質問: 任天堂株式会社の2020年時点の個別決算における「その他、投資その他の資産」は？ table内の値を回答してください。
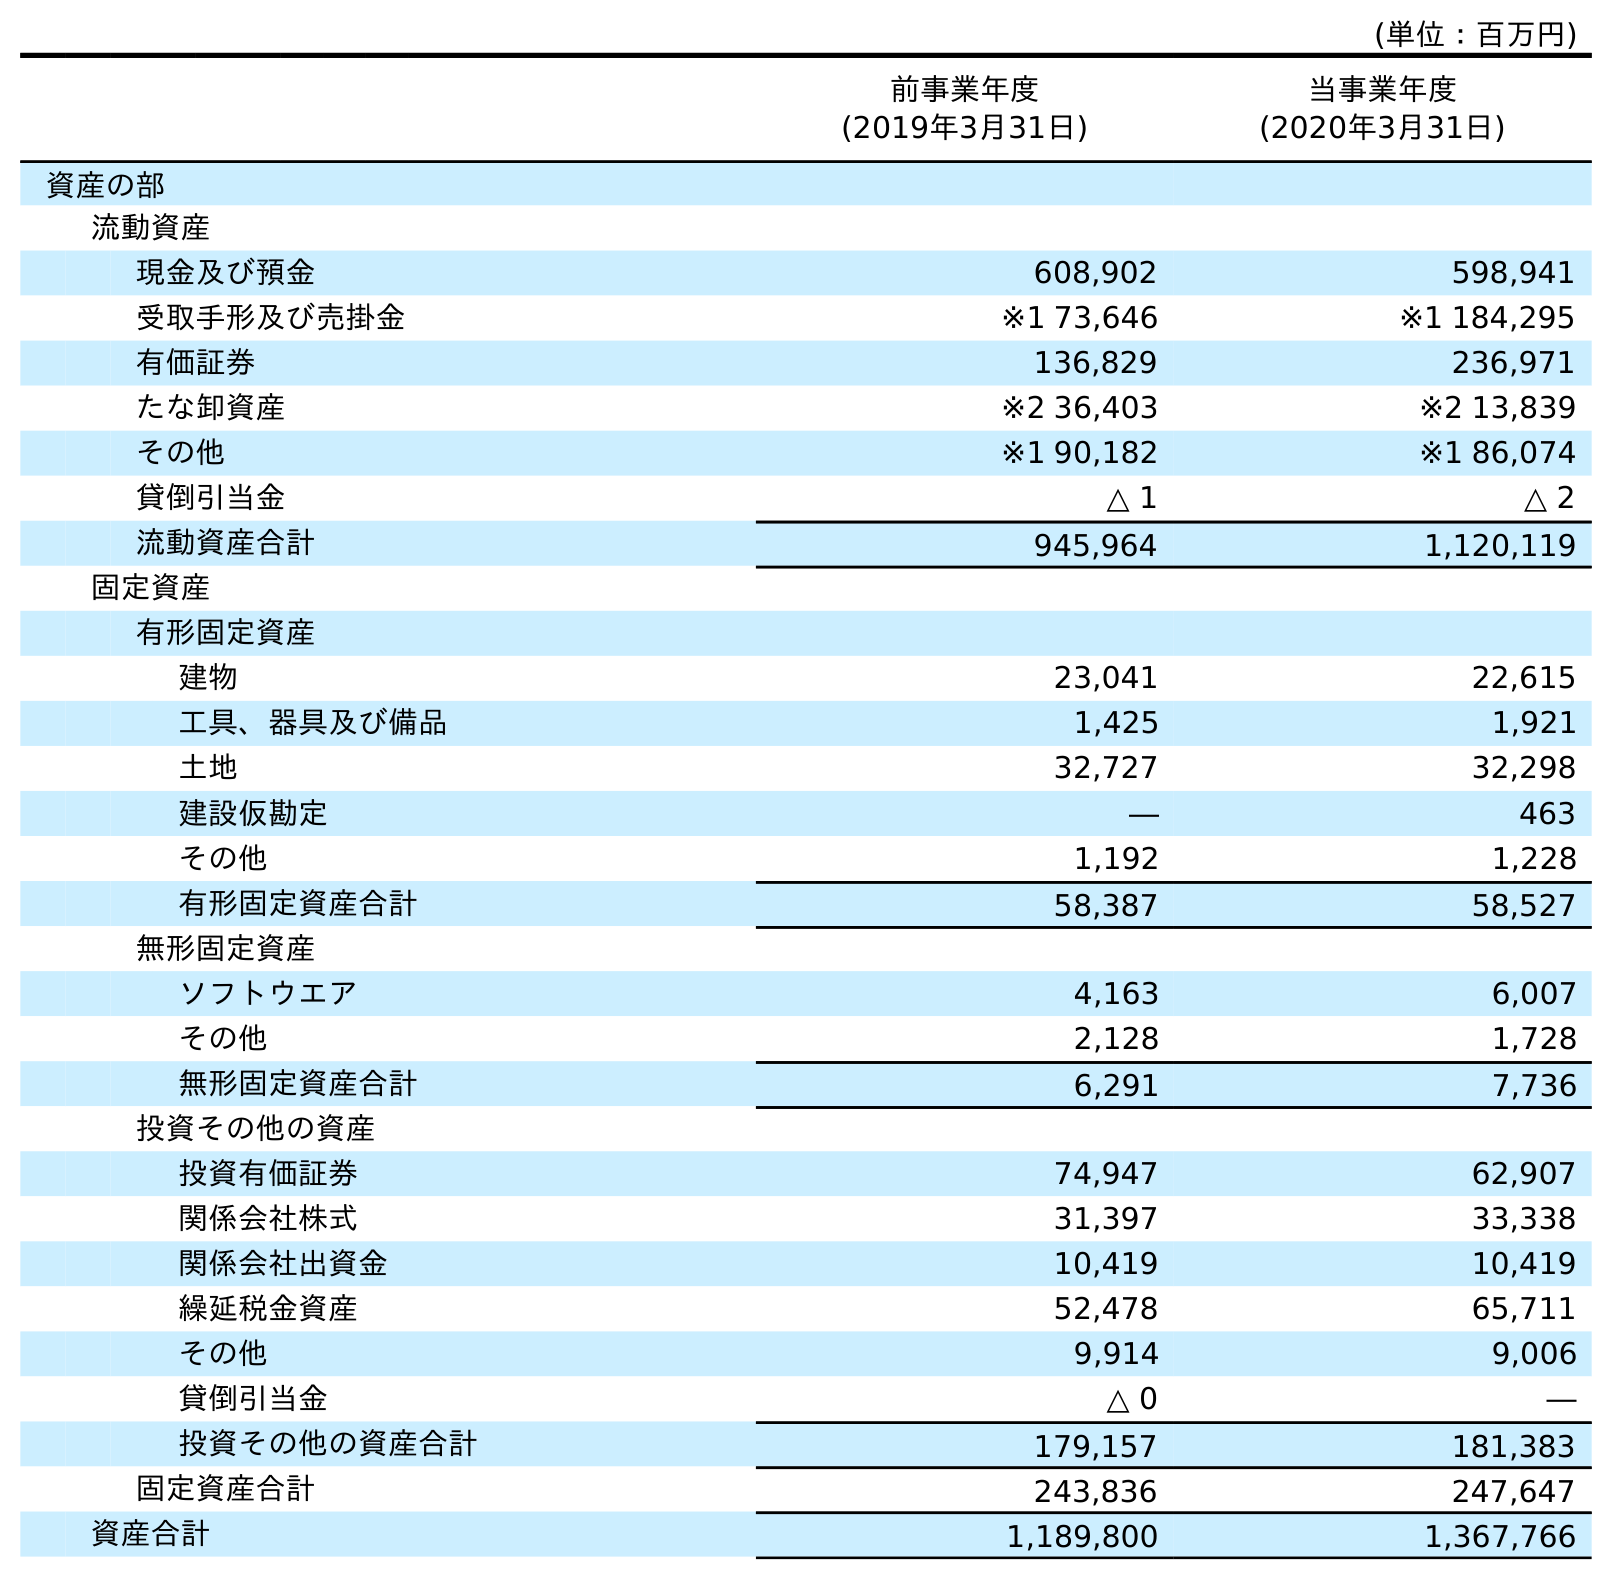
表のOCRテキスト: (単位：百万円) 前事業年度 (2019年3月31日) 当事業年度 (2020年3月31日) 資産の部 流動資産 現金及び預金 608,902 598,941 受取手形及び売掛金 ※1 73,646 ※1 184,295 有価証券 136,829 236,971 たな卸資産 ※2 36,403 ※2 13,839 その他 ※1 90,182 ※1 86,074 貸倒引当金 △ 1 △ 2 流動資産合計 945,964 1,120,119 固定資産 有形固定資産 建物 23,041 22,615 工具、器具及び備品 1,425 1,921 土地 32,727 32,298 建設仮勘定 ― 463 その他 1,192 1,228 有形固定資産合計 58,387 58,527 無形固定資産 ソフトウエア 4,163 6,007 その他 2,128 1,728 無形固定資産合計 6,291 7,736 投資その他の資産 投資有価証券 74,947 62,907 関係会社株式 31,397 33,338 関係会社出資金 10,419 10,419 繰延税金資産 52,478 65,711 その他 9,914 9,006 貸倒引当金 △ 0 ― 投資その他の資産合計 179,157 181,383 固定資産合計 243,836 247,647 資産合計 1,189,800 1,367,766
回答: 9,006